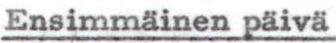
Ensimmäinen päivä